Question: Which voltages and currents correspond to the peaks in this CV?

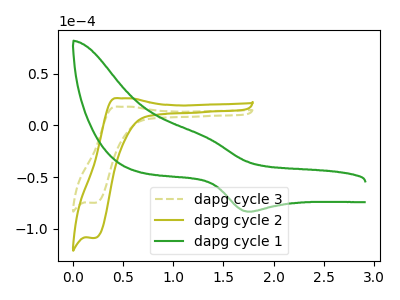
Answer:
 <answer>The olive dashed curve "dapg cycle 3" has an anodic peak at (0.45V, 18.10uA) and a cathodic peak at (0.20V, -74.95uA). The olive curve "dapg cycle 2" has an anodic peak at (0.45V, 26.30uA) and a cathodic peak at (0.20V, -109.00uA). The green curve "dapg cycle 1" has an anodic peak at (1.30V, -10.00uA) and a cathodic peak at (1.75V, -83.50uA).</answer>
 <eval></eval>